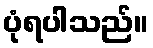
ပုံရပါသည်။